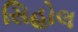
સિહોલ